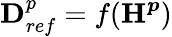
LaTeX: \boldsymbol{\textbf{D}}_{ref}^{p}=f(\boldsymbol{\textbf{H}^{p}})